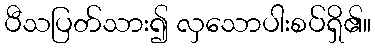
ပီသပြတ်သား၍ လှသောပါးစပ်ရှိ၏။